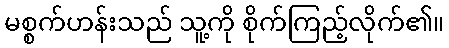
မစ္စက်ဟန်းသည် သူ့ကို စိုက်ကြည့်လိုက်၏။